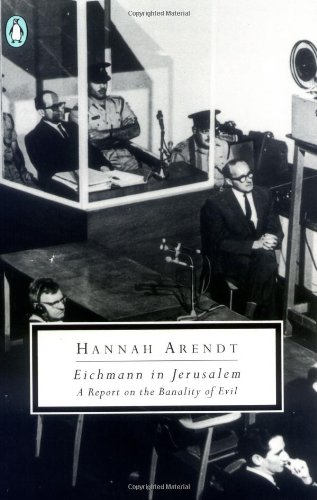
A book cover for Eichmann in Jerusalem: A Report on the Banality of Evil; Hannah Arendt; Politics & Social Sciences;